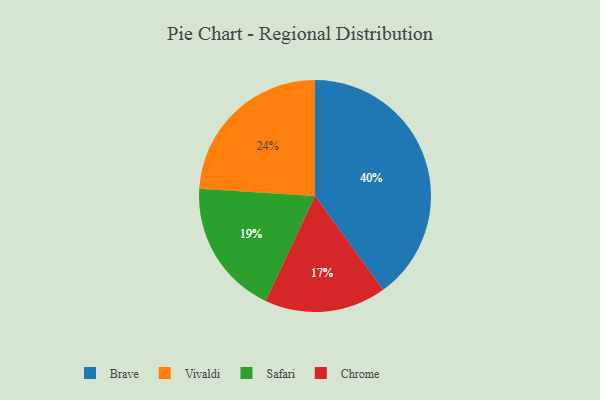
{"axis": {"x": "Category", "y": "Percentage"}, "legend": ["Brave", "Chrome", "Safari", "Vivaldi"], "data": [{"x": "Brave", "y": 40, "type": "Brave"}, {"x": "Vivaldi", "y": 24, "type": "Vivaldi"}, {"x": "Safari", "y": 19, "type": "Safari"}, {"x": "Chrome", "y": 17, "type": "Chrome"}]}